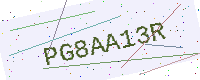
Text: PG8AA13R